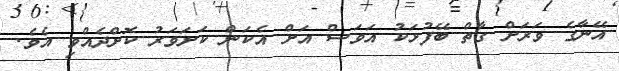
އޭނާގެ ވަރަށް ގާތް ބޭފުޅަކު އަވަސް އަށް އެކަން ކަށަވަރު ކޮށްދެއްވި އެވެ.